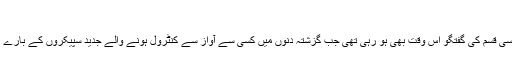
‘
مجھے لگتا ہے کہ اسی قسم کی گفتگو اس وقت بھی ہو رہی تھی جب گزشتہ دنوں میں کسی سے آواز سے کنٹرول ہونے والے جدید سپیکروں کے بارے میں بات کر رہا تھا۔